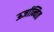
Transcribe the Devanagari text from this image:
ऊर्जान्वित